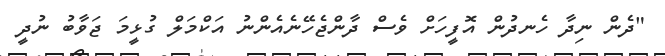
"ދެން ނިދާ ހެނދުން އޮފީހަށް ވެސް ދާންޖެހޭނެއެންނު އަކްމަލް ގުޅީމަ ޖަވާބު ނުދީ